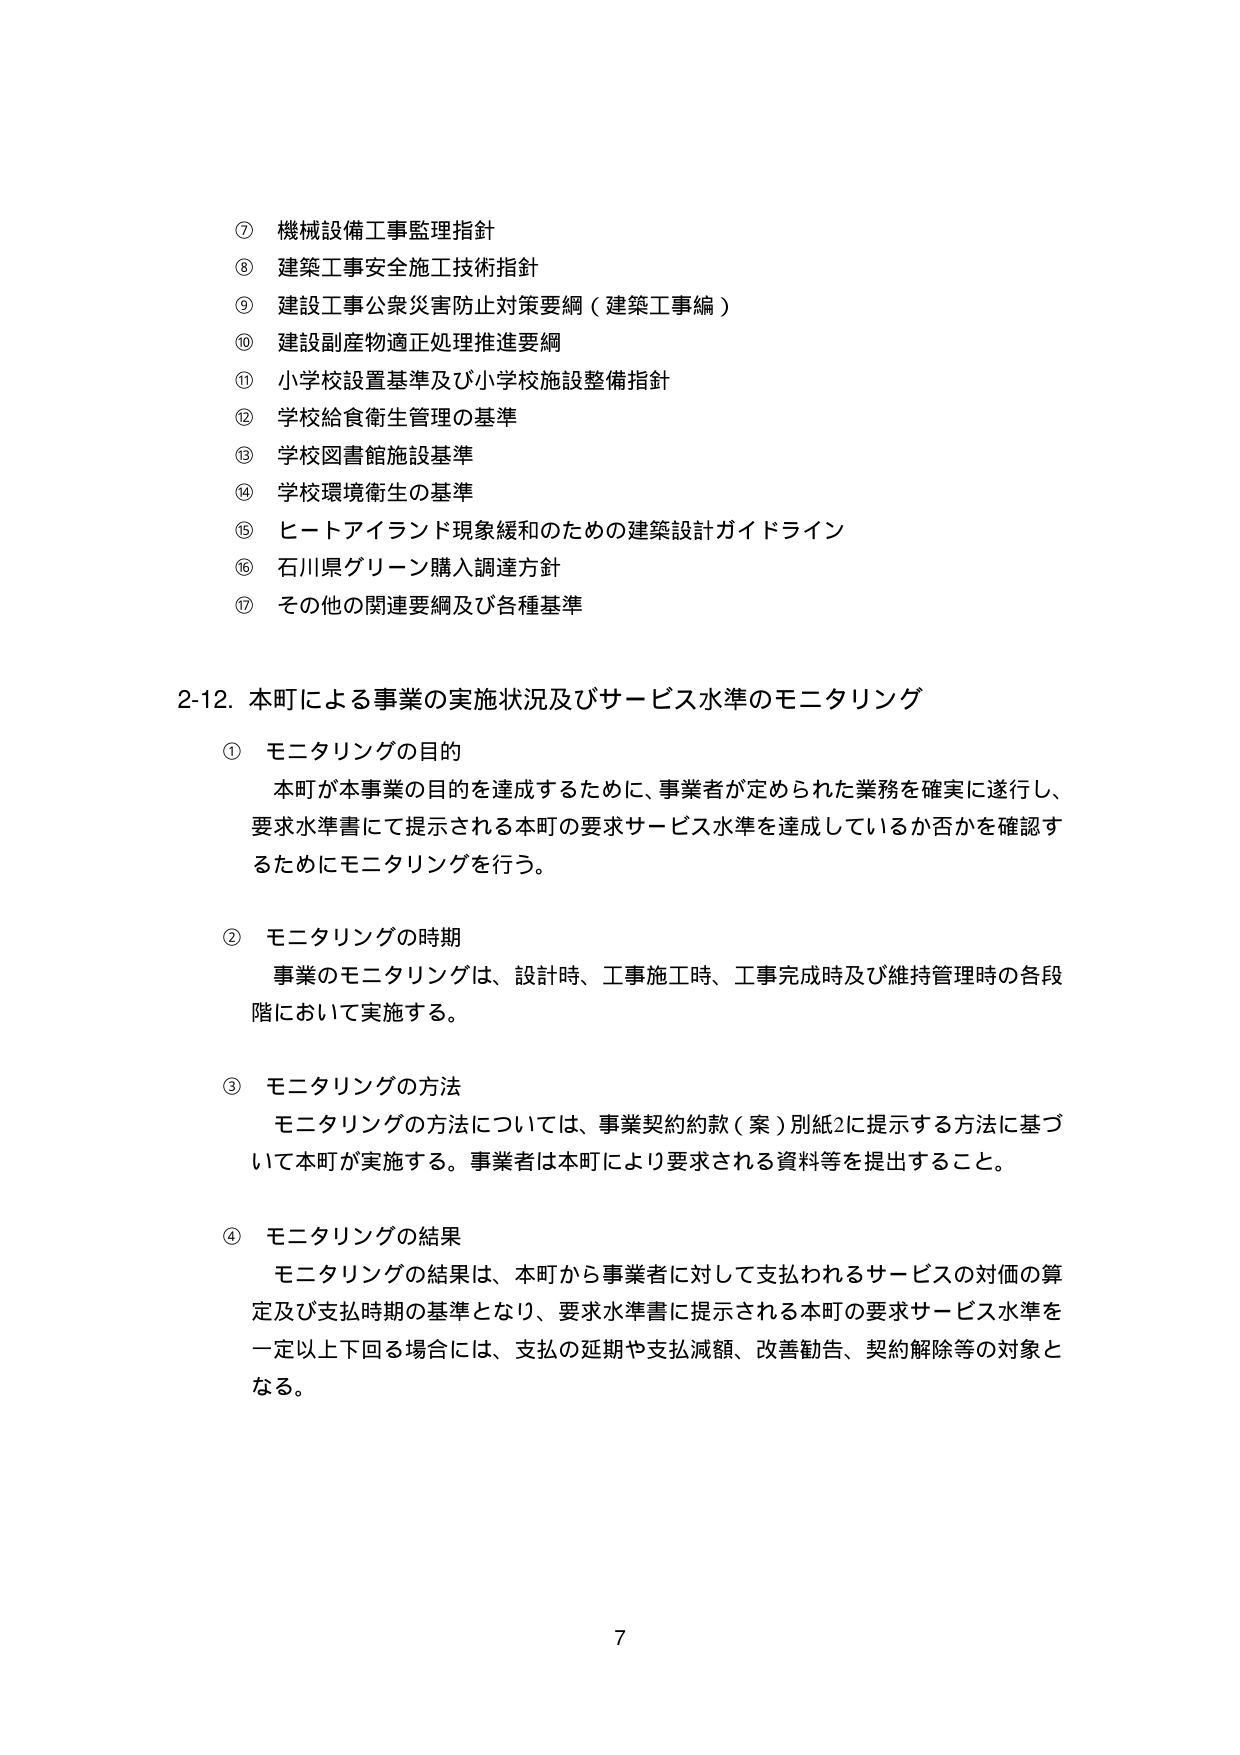
⑦ 機械設備工事監理指針
⑧ 建築工事安全施工技術指針
⑨ 建設工事公衆災害防止対策要綱（建築工事編）
⑩ 建設副産物適正処理推進要綱
⑪ 小学校設置基準及び小学校施設整備指針
⑫ 学校給食衛生管理の基準
⑬ 学校図書館施設基準
⑭ 学校環境衛生の基準
⑮ ヒートアイランド現象緩和のための建築設計ガイドライン
⑯ 石川県グリーン購入調達方針
⑰ その他の関連要綱及び各種基準

2-12. 本町による事業の実施状況及びサービス水準のモニタリング

① モニタリングの目的
本町が本事業の目的を達成するために、事業者が定められた業務を確実に遂行し、
要求水準書にて提示される本町の要求サービス水準を達成しているか否かを確認す
るためにモニタリングを行う。

② モニタリングの時期
事業のモニタリングは、設計時、工事施工時、工事完成時及び維持管理時の各段
階において実施する。

③ モニタリングの方法
モニタリングの方法については、事業契約約款（案）別紙2に提示する方法に基づ
いて本町が実施する。事業者は本町により要求される資料等を提出すること。

④ モニタリングの結果
モニタリングの結果は、本町から事業者に対して支払われるサービスの対価の算
定及び支払時期の基準となり、要求水準書に提示される本町の要求サービス水準を
一定以上下回る場合には、支払の延期や支払減額、改善勧告、契約解除等の対象と
なる。

7